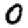
Digit: 0